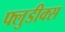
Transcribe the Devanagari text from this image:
फ्लुडीक्स